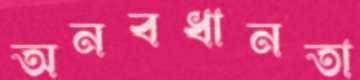
অনবধানতা